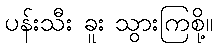
ပန်းသီး ခူး သွားကြစို့။